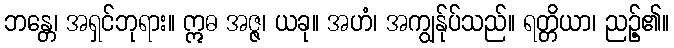
ဘန္တေ၊ အရှင်ဘုရား။ ဣဓ အဇ္ဇ၊ ယခု။ အဟံ၊ အကျွန်ုပ်သည်။ ရတ္တိယာ၊ ညဉ့်၏။